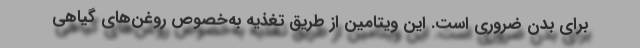
برای بدن ضروری است. این ویتامین از طریق تغذیه به‌خصوص روغن‌های گیاهی